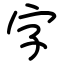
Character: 字